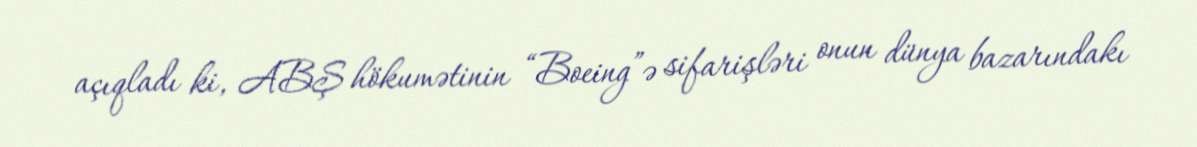
açıqladı ki, ABŞ hökumətinin “Boeing”ə sifarişləri onun dünya bazarındakı